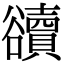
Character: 豄